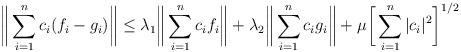
LaTeX: \begin{align*}\bigg\Vert \sum_{i=1}^n c_i (f_i-g_i) \bigg\Vert \leq \lambda_1 \bigg\Vert \sum_{i=1}^n c_i f_i \bigg\Vert +\lambda_2 \bigg\Vert \sum_{i=1}^n c_i g_i \bigg\Vert + \mu \bigg[ \sum_{i=1}^n |c_i|^2 \bigg]^{1/2} \end{align*}